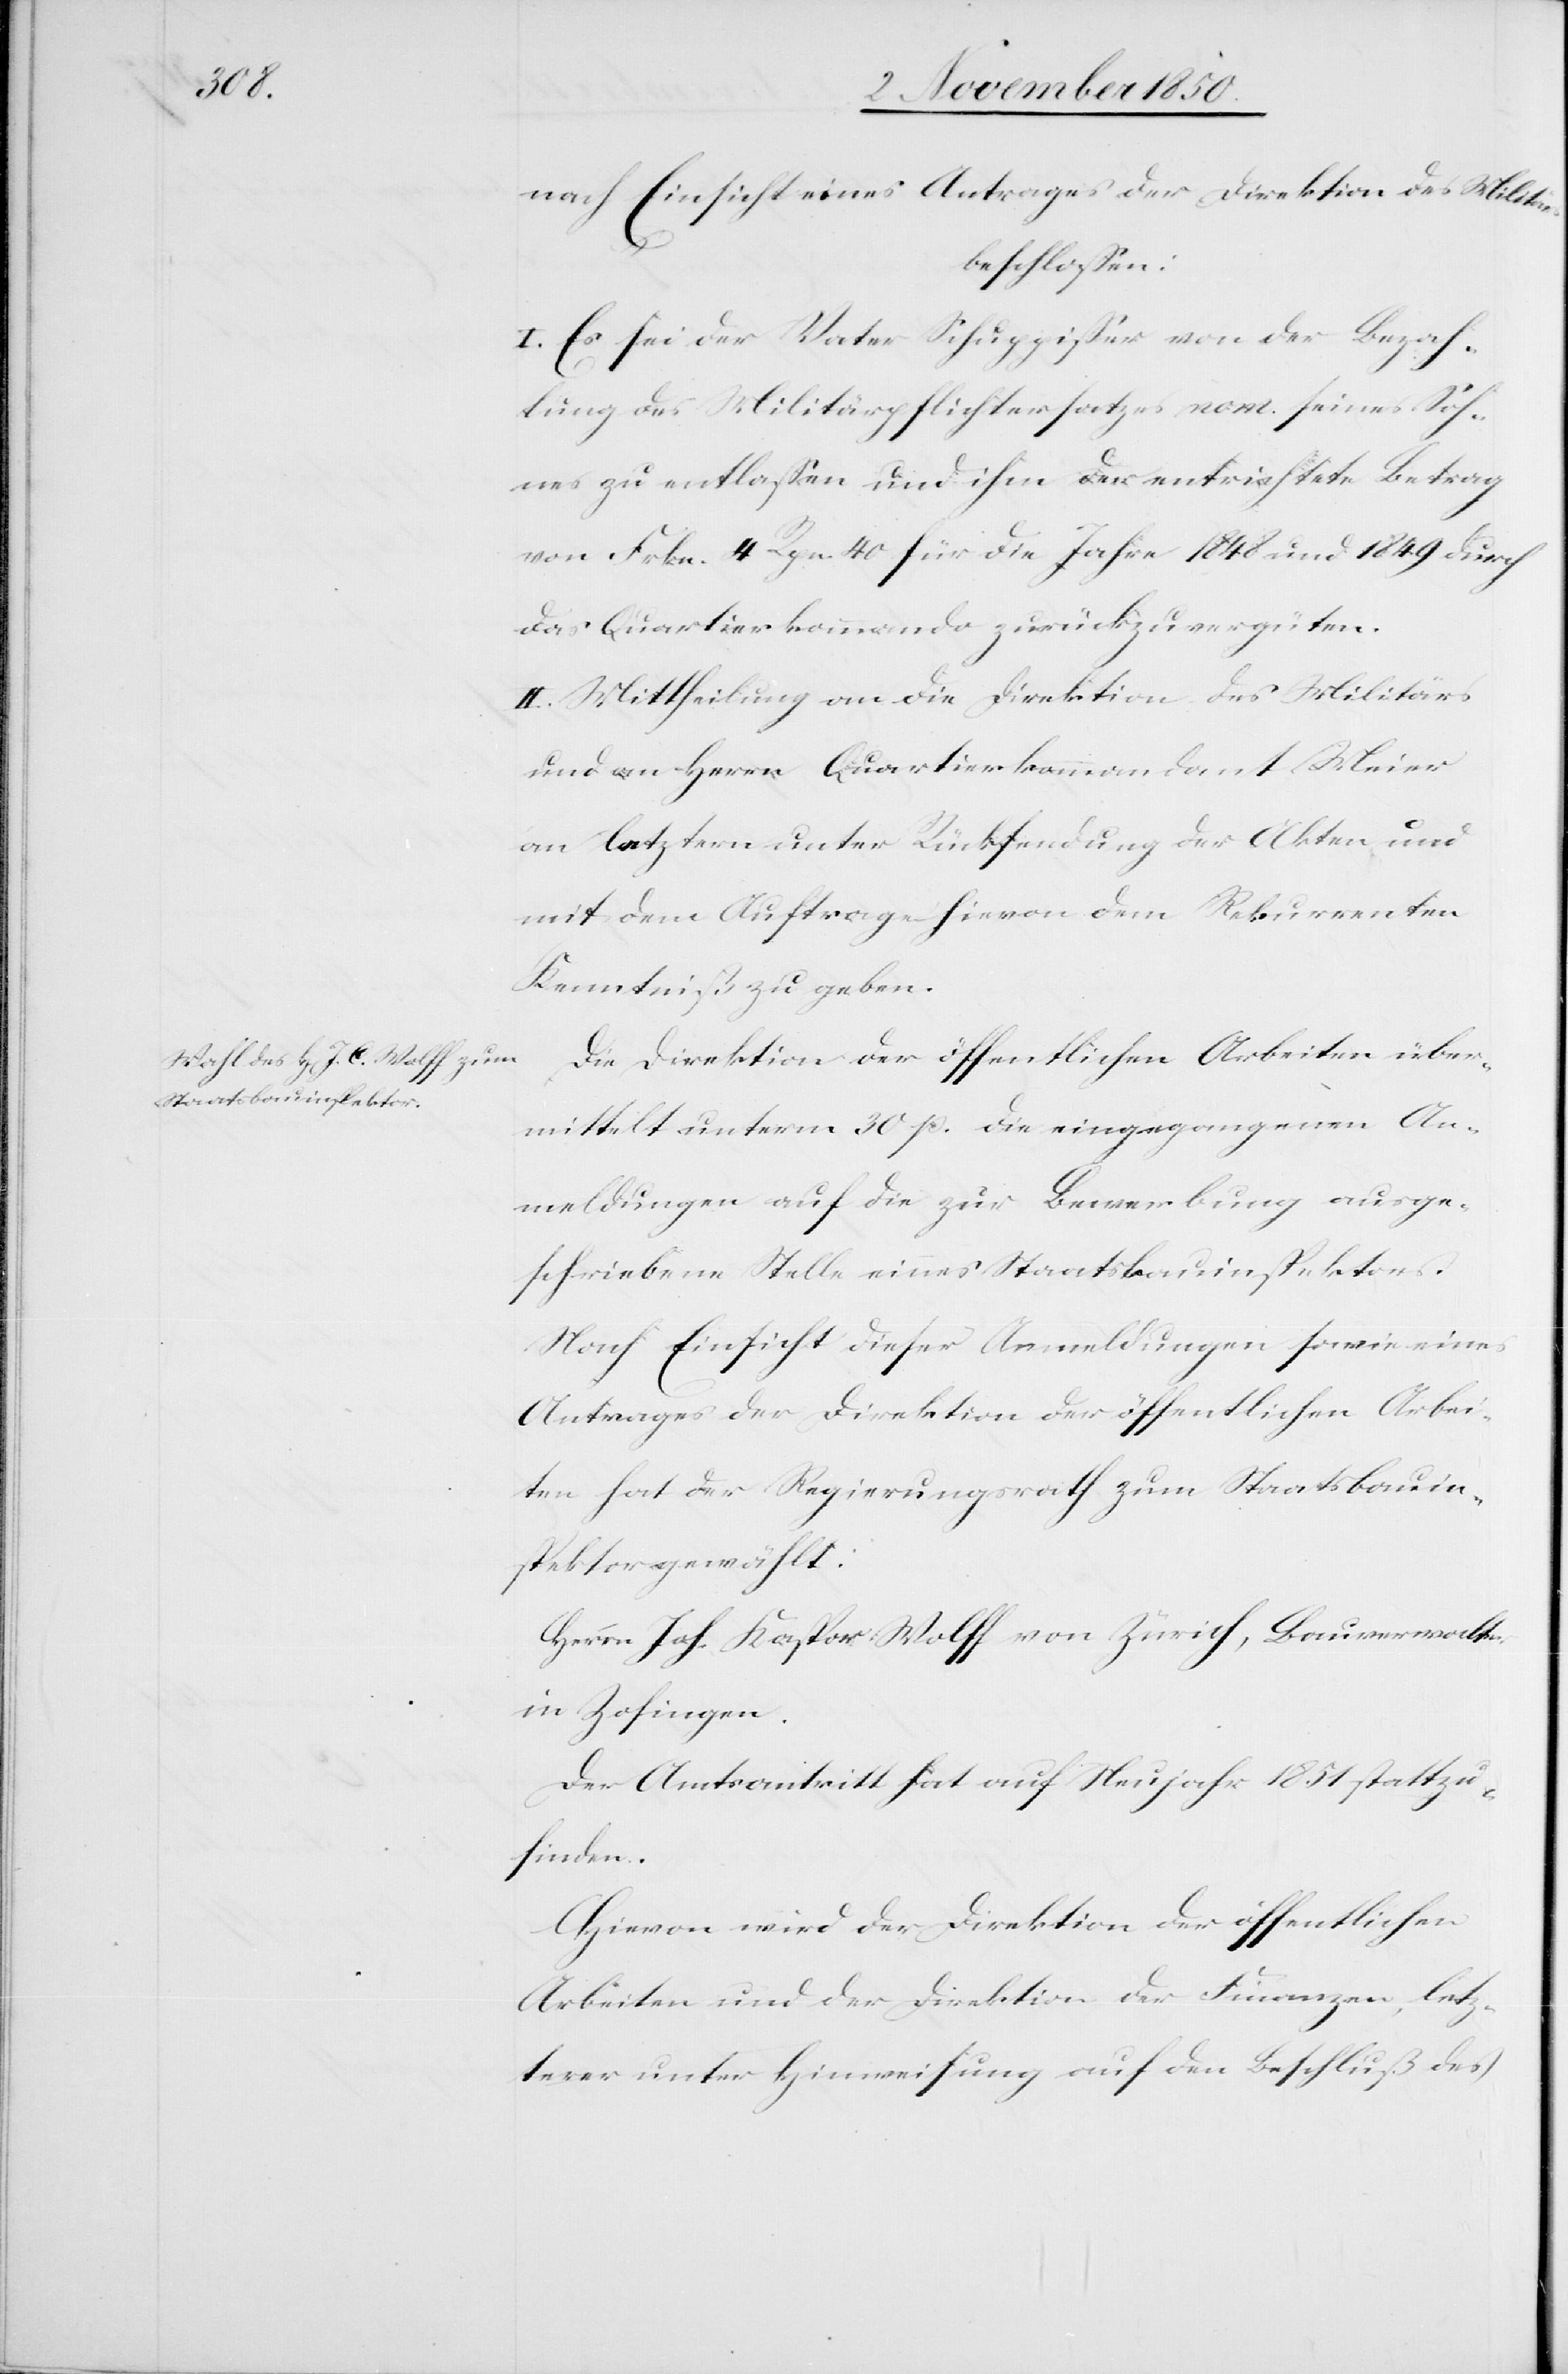
nach Einsicht eines Antrages der Direktion des Militärs
beschlossen:
I. Es sei der Vater Schuppisser von der Bezah¬
lung des Militärpflichtersatzes nom. seines Soh¬
nes zu entlassen und ihm der entrichtete Betrag
von Frkn. 4 Rpn. 40 für die Jahre 1848 und 1849 durch
das Quartierkommando zurückzuvergüten.
II. Mittheilung an die Direktion des Militärs
und an Herrn Quartierkommandant Meier
an letztern unter Rücksendung der Akten und
mit dem Auftrage hievon dem Rekurrenten
Kenntniß zu geben.
Die Direktion der öffentlichen Arbeiten über¬
mittelt unterm 30 p. die eingegangenen An¬
meldungen auf die zur Bewerbung ausge¬
schriebene Stelle eines Staatsbauinspektors.
Nach Einsicht dieser Anmeldungen sowie eines
Antrages der Direktion der öffentlichen Arbei¬
ten hat der Regierungsrath zum Staatsbauin¬
spektor gewählt:
Herrn Joh. Kaspor [sic!] Wolff von Zürich, Bauverwalter
in Zofingen.
Der Amtsantritt hat auf Neujahr 1851 stattzu¬
finden.
Hievon wird der Direktion der öffentlichen
Arbeiten und der Direktion der Finanzen, letz¬
terer unter Hinweisung auf den Beschluß des